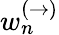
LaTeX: w_{n}^{(\to)}